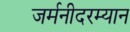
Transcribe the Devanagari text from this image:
जर्मनीदरम्यान